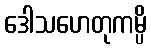
ဒေါသဟေတုကမ္ပိ